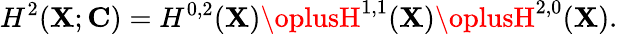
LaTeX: H^{2}(\mathbf{X};{\mathbf{C}})=H^{0,2}(\mathbf{X})\oplusH^{1,1}(\mathbf{X})\oplusH^{2,0}(\mathbf{X}).